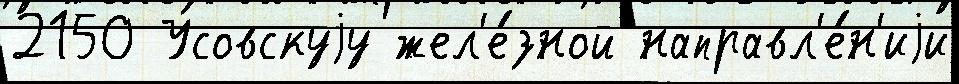
2150 Усовскуjу жел'е́зной направл'е́н'иjи